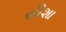
સીશા